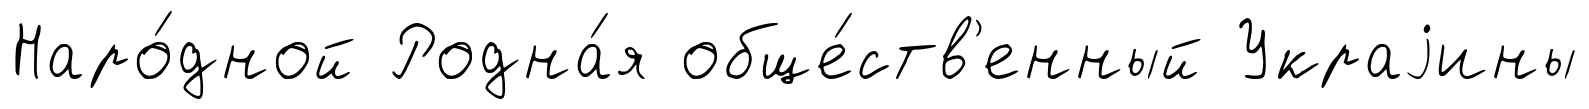
Наро́дной Родна́я обще́ств'енный Украjины